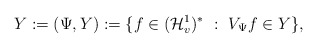
\begin{align*} Y := (\Psi,Y) := \{f\in (\mathcal H^1_v)^\ast~:~ V_\Psi f\in Y\}, \end{align*}